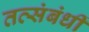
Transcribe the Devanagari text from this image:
तत्संबंधीं